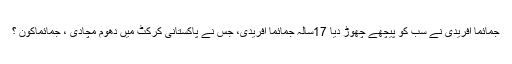
جمائما آفریدی نے سب کو پیچھے چھوڑ دیا 17سالہ جمائما آفریدی، جس نے پاکستانی کرکٹ میں دھوم مچادی ، جمائماکون ؟